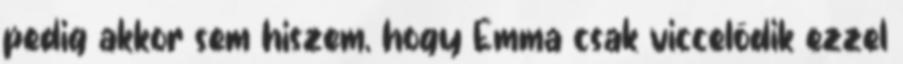
pedig akkor sem hiszem, hogy Emma csak viccelődik ezzel